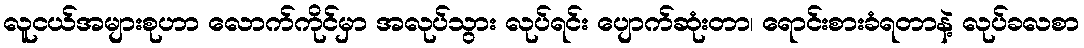
လူငယ်အများစုဟာ လောက်ကိုင်မှာ အလုပ်သွား လုပ်ရင်း ပျောက်ဆုံးတာ၊ ရောင်းစားခံရတာနဲ့ လုပ်ခလစာ